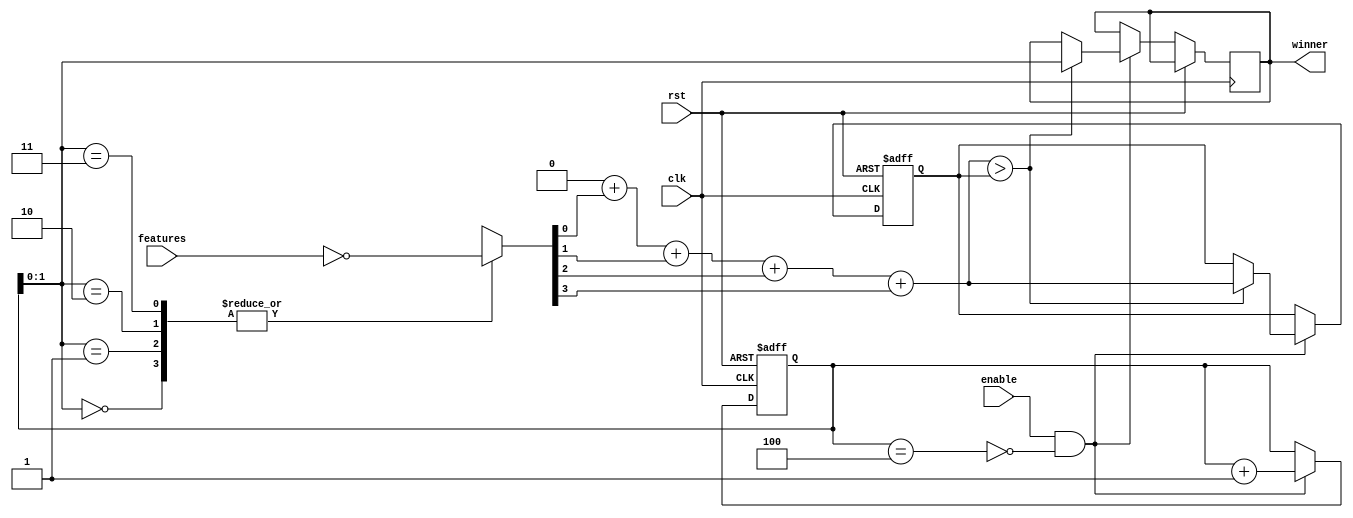
module xnor_rolx #(
  parameter HIDDEN_CNT = 4,
  parameter CLASS_CNT = 4,
  parameter Weights = 0
  ) (
  input clk,
  input rst,
  input [HIDDEN_CNT-1:0] features,
  input enable,
  output [$clog2(CLASS_CNT)-1:0] winner
  );
  
  reg [$clog2(CLASS_CNT)-1:0] challenger;
  assign winner = challenger;
  localparam SUM_BITS = $clog2(HIDDEN_CNT+1);
  reg [$clog2(CLASS_CNT+1)-1:0] cnt;
  wire [HIDDEN_CNT-1:0] features_n;

  assign features_n = ~features;
  
  wire [HIDDEN_CNT-1:0] hybrid [CLASS_CNT-1:0];
  genvar i,j;
  generate
      for(j=0;j<CLASS_CNT;j=j+1)begin
        localparam weight = Weights[j*HIDDEN_CNT+:HIDDEN_CNT];
        for(i=0;i<HIDDEN_CNT;i=i+1)begin
            if(weight[i])
                assign hybrid[j][i] = features[i];
            else
                assign hybrid[j][i] = features_n[i];
        end
      end
  endgenerate

  reg [$clog2(HIDDEN_CNT+1)-1:0] soom;
  reg [$clog2(HIDDEN_CNT+1)-1:0] sofar;
  integer y;
  always @* begin
      soom = 0;
      for (y=0;y<HIDDEN_CNT;y=y+1)
          soom = soom + hybrid[cnt][y];
  end
  wire reached_last;
  assign reached_last = cnt==CLASS_CNT;
  
  wire dethrone;
  assign dethrone = soom > sofar;

  always @(posedge clk or posedge rst) begin
      if(rst) begin
          cnt <= 0;
          sofar <= 0;
      end
      else if (enable && !reached_last) begin
          cnt <= cnt + 1;
          if (dethrone) begin
              sofar <= soom;
              challenger <= cnt;
          end
      end
  end
  
endmodule